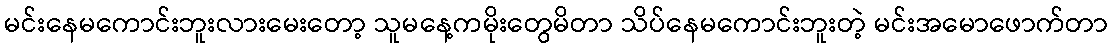
မင်းနေမကောင်းဘူးလားမေးတော့ သူမနေ့ကမိုးတွေမိတာ သိပ်နေမကောင်းဘူးတဲ့ မင်းအမောဖောက်တာ